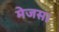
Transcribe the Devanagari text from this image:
मेजस।